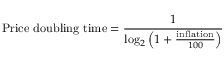
{ \mathrm { P r i c e ~ d o u b l i n g ~ t i m e } } = { \frac { 1 } { \log _ { 2 } \left( 1 + { \frac { \mathrm { i n f l a t i o n } } { 1 0 0 } } \right) } }